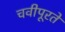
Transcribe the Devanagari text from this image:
चवीपूरते